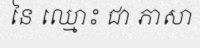
នៃ ឈ្មោះ ជា ភាសា